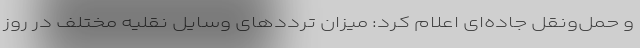
و حمل‌ونقل جاده‌ای اعلام کرد: میزان ترددهای وسایل نقلیه مختلف در روز